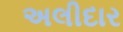
અલીદાર